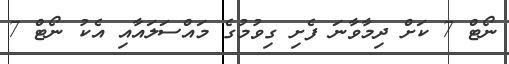
ނޯޓް 7 ކަށް ދިމާވާނަ ފެށި ގިވުމުގެ މައްސަލައާއި އެކު ނޯޓް 7